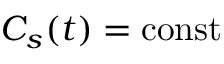
C _ { s } ( t ) = \mathrm { c o n s t }